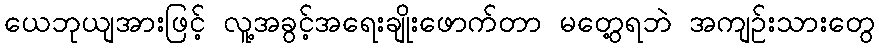
ယေဘုယျအားဖြင့် လူ့အခွင့်အရေးချိုးဖောက်တာ မတွေ့ရဘဲ အကျဉ်းသားတွေ